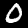
Label: 0